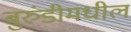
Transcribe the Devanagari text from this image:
बुरुंडीमधील